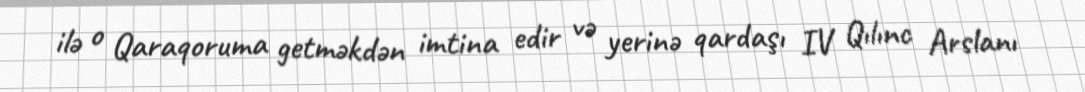
ilə o Qaraqoruma getməkdən imtina edir və yerinə qardaşı IV Qılınc Arslanı